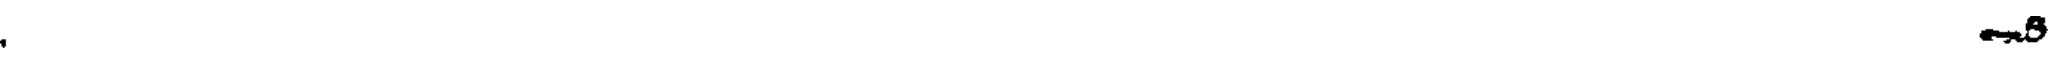
.